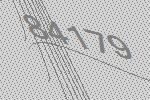
84179